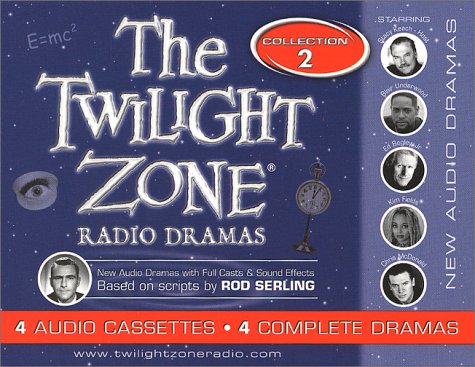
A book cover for The Twilight Zone Radio Dramas Cassette Collection 2; Blair Underwood; Humor & Entertainment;